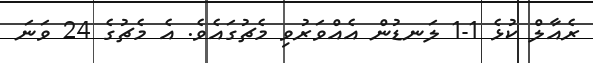
ރެއާލް ކުޅެ 1-1 ލަނޑުން އެއްވަރުވި މެޗުގައެވެ. އެ މެޗުގެ 24 ވަނަ